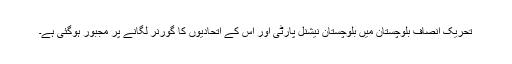
تحریک انصاف بلوچستان میں بلوچستان نیشنل پارٹی اور اس کے اتحادیوں کا گورنر لگانے پر مجبور ہوگئی ہے۔